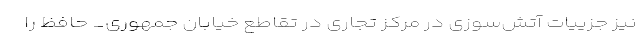
نیز جزییات آتش‌سوزی در مرکز تجاری در تقاطع خیابان جمهوری_ حافظ را